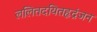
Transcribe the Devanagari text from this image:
ललितदयितहृद्रंजन